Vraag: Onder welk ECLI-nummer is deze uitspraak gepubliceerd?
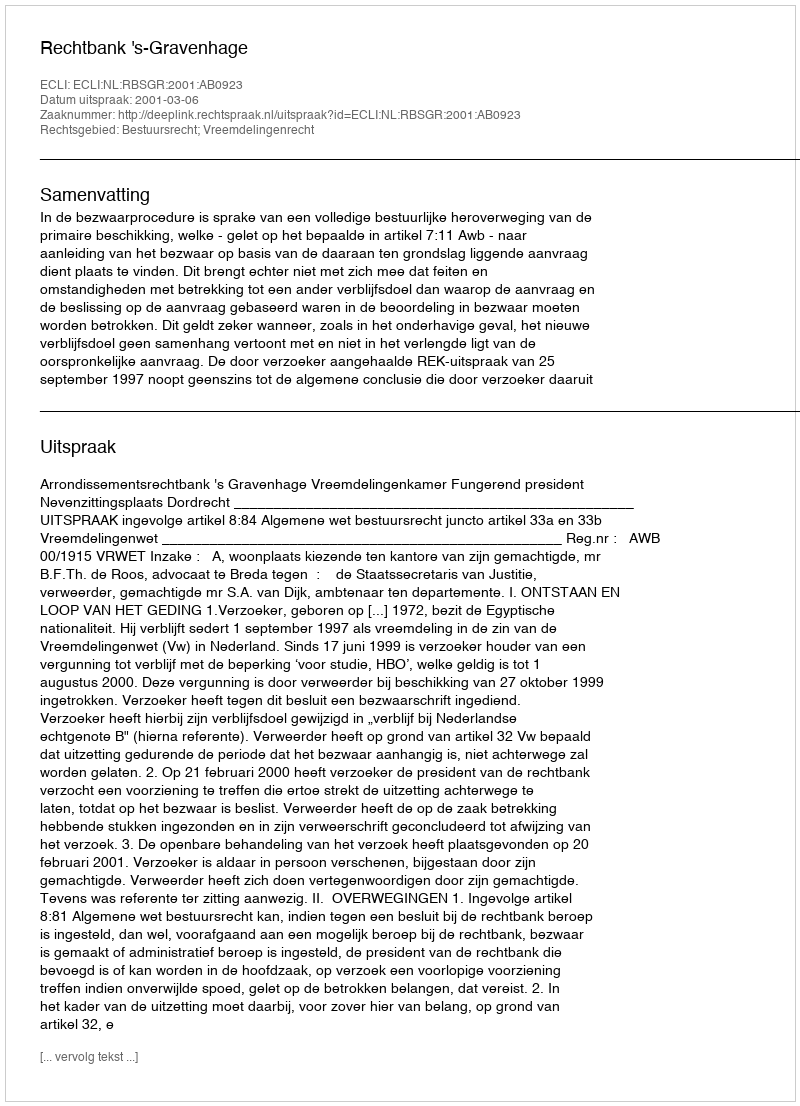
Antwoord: ECLI:NL:RBSGR:2001:AB0923